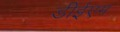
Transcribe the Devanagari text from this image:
डीईएम